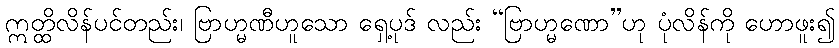
ဣတ္ထိလိန်ပင်တည်း၊ ဗြာဟ္မဏီဟူသော ရှေ့ပုဒ် လည်း “ဗြာဟ္မဏော”ဟု ပုံလိန်ကို ဟောဖူး၍